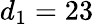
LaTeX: d_{1}=23